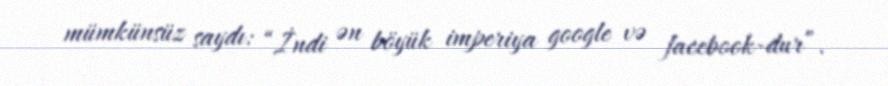
mümkünsüz saydı: “İndi ən böyük imperiya google və facebook-dur”.